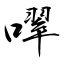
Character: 噿